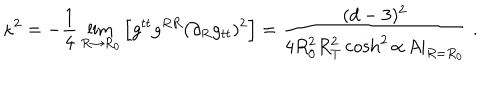
\kappa ^ { 2 } = - \frac { 1 } { 4 } \lim _ { R \rightarrow R _ { 0 } } \Big [ g ^ { t t } g ^ { R R } ( \partial _ { R } g _ { t t } ) ^ { 2 } \Big ] = \frac { ( d - 3 ) ^ { 2 } } { 4 R _ { 0 } ^ { 2 } R _ { T } ^ { 2 } \cosh ^ { 2 } \alpha \, A | _ { R = R _ { 0 } } } \ .